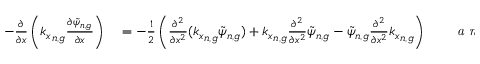
\begin{array} { r l r l } { - { \frac { \partial } { \partial x } } \left( { k _ { x } } _ { n , g } \frac { \partial \tilde { \psi } _ { n , g } } { \partial x } \right) } & { { } = - \frac { 1 } { 2 } \left( \frac { \partial ^ { 2 } } { \partial x ^ { 2 } } ( { k _ { x } } _ { n , g } \tilde { \psi } _ { n , g } ) + { k _ { x } } _ { n , g } \frac { \partial ^ { 2 } } { \partial x ^ { 2 } } \tilde { \psi } _ { n , g } - \tilde { \psi } _ { n , g } \frac { \partial ^ { 2 } } { \partial x ^ { 2 } } { k _ { x } } _ { n , g } \right) } & { } & { { } \textit { a n a l y t i c a l f o r m } } \end{array}